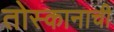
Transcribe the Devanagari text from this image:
तोस्कानाची